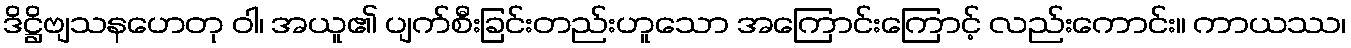
ဒိဋ္ဌိဗျသနဟေတု ဝါ၊ အယူ၏ ပျက်စီးခြင်းတည်းဟူသော အကြောင်းကြောင့် လည်းကောင်း။ ကာယဿ၊